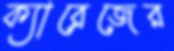
ক্যারেজের